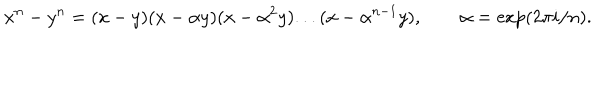
x ^ { n } - y ^ { n } = ( x - y ) ( x - \alpha y ) ( x - \alpha ^ { 2 } y ) . . . ( x - \alpha ^ { n - 1 } y ) , \qquad \alpha = \exp ( 2 \pi i / n ) .